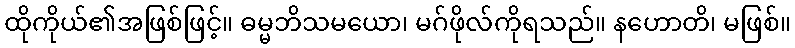
ထိုကိုယ်၏အဖြစ်ဖြင့်။ ဓမ္မဘိသမယော၊ မဂ်ဖိုလ်ကိုရသည်။ နဟောတိ၊ မဖြစ်။